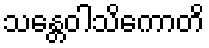
သန္တေဝါသိကောတိ